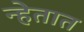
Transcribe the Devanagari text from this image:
न्हेतात